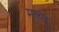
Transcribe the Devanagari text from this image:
मृत्य्पू